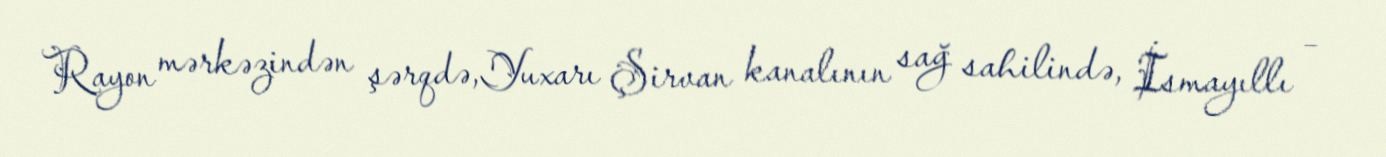
Rayon mərkəzindən şərqdə,Yuxarı Şirvan kanalının sağ sahilində, İsmayıllı –